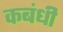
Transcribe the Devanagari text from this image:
कबंधी